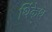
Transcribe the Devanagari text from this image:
थिंकेथ